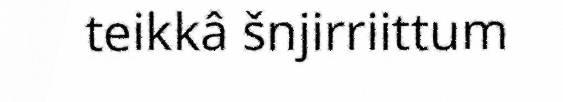
teikkâ šnjirriittum